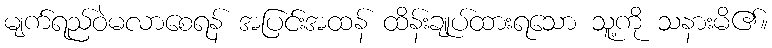
မျက်ရည်ဝဲမလာစေရန် အပြင်းအထန် ထိန်းချုပ်ထားရသော သူ့ကို သနားမိ၏။